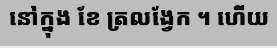
នៅក្នុង ខែ ត្រលង្វែក ។ ហើយ